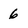
Character: 6